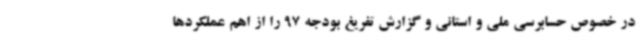
در خصوص حسابرسی ملی و استانی و گزارش تفریغ بودجه 97 را از اهم عملکردها